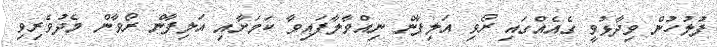
ފުލުހުން ވިދާޅުވީ ގެއެއްގައި ރޯވި އަލިފާން ނިއްވާލާފައިވާ ކަމަށާއި އަލިފާން ރޯވާން މެދުވެރިވި